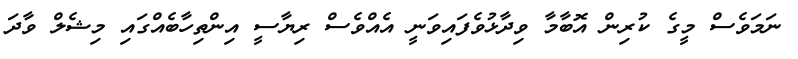
ނަމަވެސް މީގެ ކުރިން އޮބާމާ ވިދާޅުވެފައިވަނީ އެއްވެސް ރިޔާސީ އިންތިހާބެއްގައި މިޝެލް ވާދަ